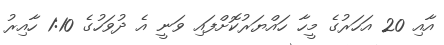
އާއި 20 އަހަރުގެ މީހާ ހައްޔަރުކޮށްފައި ވަނީ އެ ދުވަހުގެ 1:10 ހާއިރު